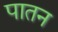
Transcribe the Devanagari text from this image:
पातन